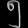
Digit: ၅